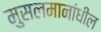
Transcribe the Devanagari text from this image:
मुसलमानांधील